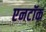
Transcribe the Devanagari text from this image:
एनटॉक